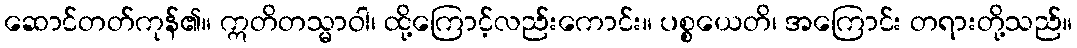
ဆောင်တတ်ကုန်၏။ ဣတိတသ္မာဝါ၊ ထို့ကြောင့်လည်းကောင်း။ ပစ္စယေတိ၊ အကြောင်း တရားတို့သည်။